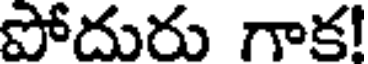
పోదురు గాక!